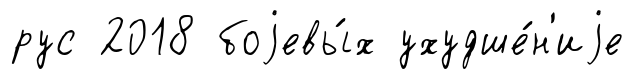
рус 2018 боjевы́х ухудше́н'иjе